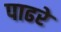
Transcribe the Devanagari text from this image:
पाढरे